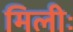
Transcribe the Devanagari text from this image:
मिलीः